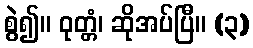
စွဲ၍။ ဝုတ္တံ၊ ဆိုအပ်ပြီ။ (၃)